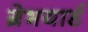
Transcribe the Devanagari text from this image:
ग्रेभयार्ड